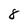
Character: 8